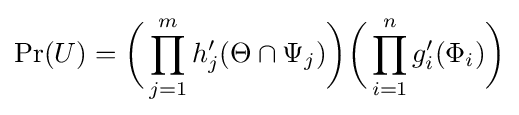
\Pr(U)={\bigg (}\prod _{j=1}^{m}h'_{j}(\Theta \cap \Psi _{j}){\bigg )}{\bigg (}\prod _{i=1}^{n}g'_{i}(\Phi _{i}){\bigg )}